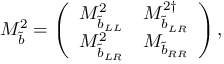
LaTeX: M _ { \tilde { b } } ^ { 2 } = \left( \begin{array} { c c } { { M _ { { \tilde { b } } _ { L L } } ^ { 2 } } } & { { M _ { { \tilde { b } } _ { L R } } ^ { 2 \dagger } } } \\ { { M _ { { \tilde { b } } _ { L R } } ^ { 2 } } } & { { M _ { { \tilde { b } } _ { R R } } } } \end{array} \right) ,